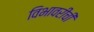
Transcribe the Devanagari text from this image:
विभावरींची